Salla_vallavalitsus, lk 20
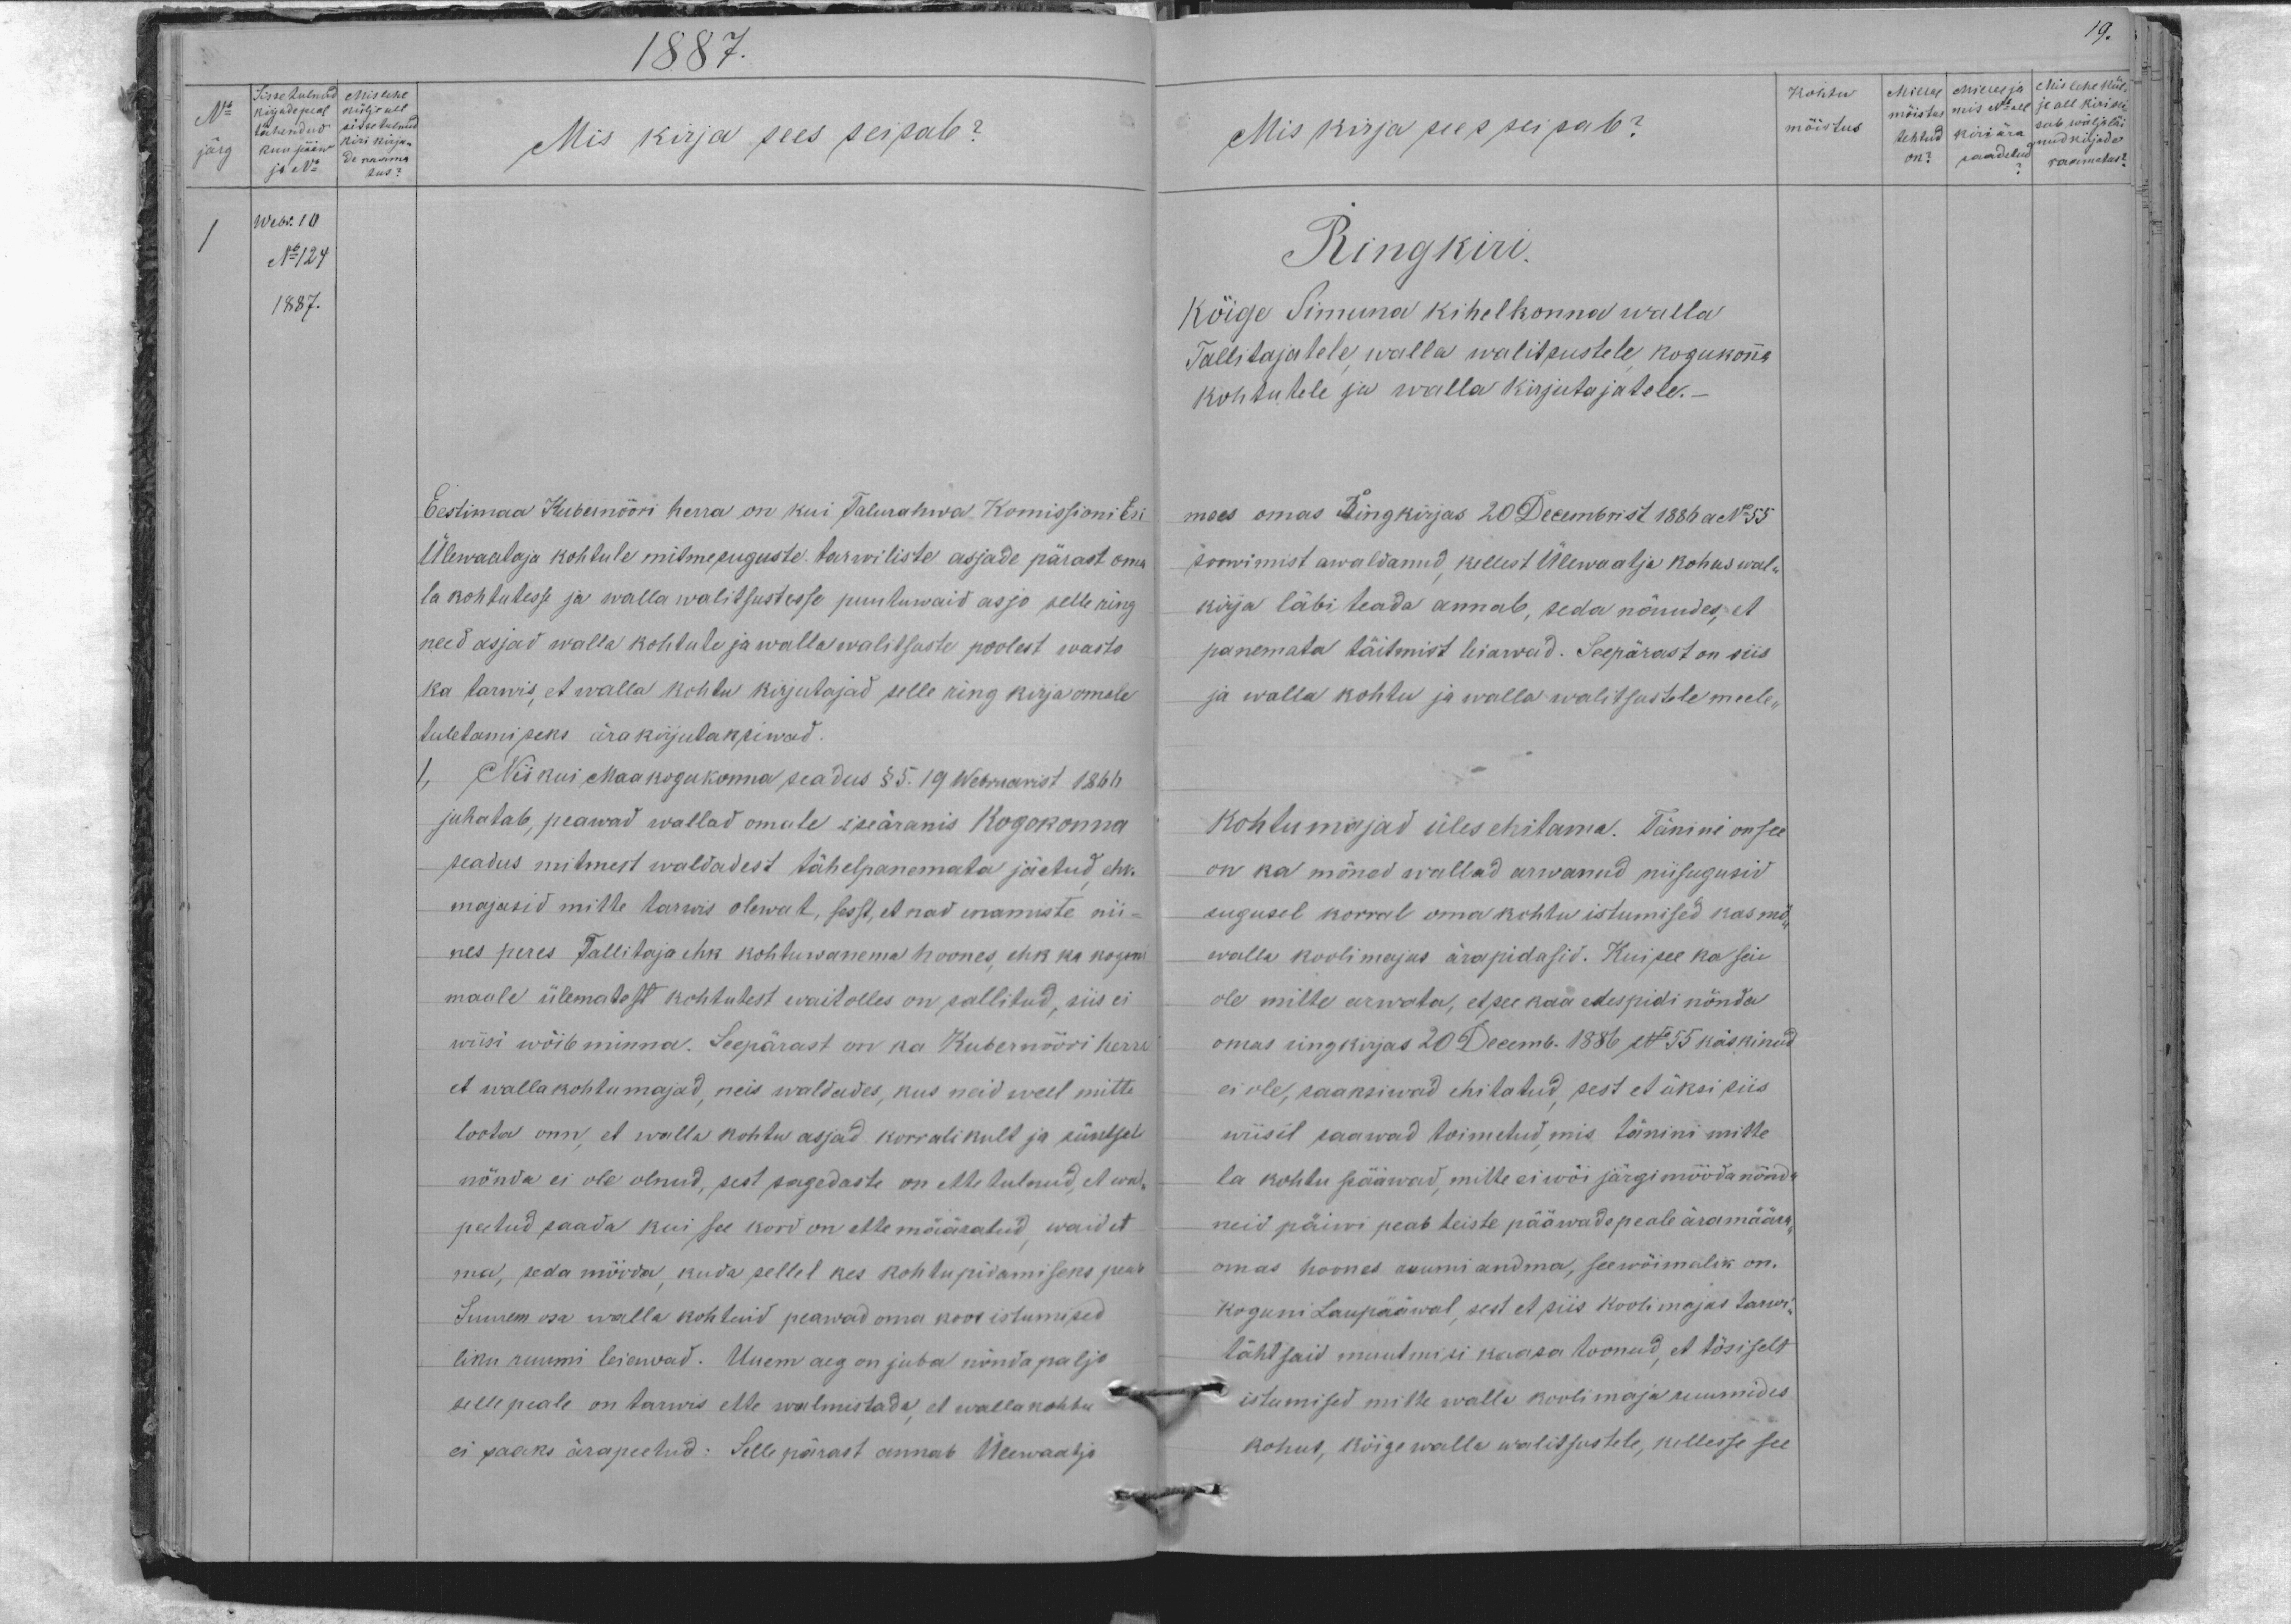
19.

1887.
Mis kirja sees seisab?
Eestimaa Kubernääri herra on kui Talurahwa Komissionitsi
Ülewaataja kohtule mitmesuguste tarwiliste asjade pärast oma
la kohtutesse ja walla walitsustesse puutuwaid asjo selle ring
need asjad walla kohtute ja walla walitsuste poolest wasto
ka tarwis, et walla kohtu kirjutajad selle ring kirja omale
tuletamiseks ärakirjutaksiwad.
1, Niikui Maa kogukonna seadus § 5. 19 Webruarist 1861
juhatab, peawad wallad omale iseäranis kogokonna
seadus mitmest waldadest tähelepanemata jäetud ehk.
majasid mitte tarwis olewat, sest, et nad enamiste nii-
nes peres Tallitaja ehk kohtuwanema hoones, ehk ka kogem
maale ülematest kohtutest waitolles on sallitud, siis ei
wiisi wõib minna. Seepärast on ka Kubernööri herra
et wallakohtumajad, neis waldades, kus neid weel mitte
loota onn, et walla kohtu asjad korralikult ja küntsel
nõnda ei ole olnud, sest sagedaste on ette tulnud, et wal-
peetud saada kui see kord on ette määratud, waid et
ma, seda mööda, kuda sellel kes kohtupidamiseks peab
Suurem osa walla kohtuid peawad oma koos istumised
liku ruumi leiawad. Uuem aeg on juba nõnda paljo
selle peale on tarwis ette walmistada, et wallakohtu-
ei saaks ärapeetud: Selle pärast annab Ülewaatja

Kohtu Millal Millal ja Mis lehe kül.
Mis kirja sees seisab?
mõistus
mõistus mis No all je all kirioli-
tehtud kiri ära sab wälja läi
nud kirjade
on? saadetud? raamatus?
Ringkiri
kõige Simuna kihelkonna walla
Tallitajatele walla walitsustele kogukonna
kohtutele ja walla kirjutajatele.-
mees omas ringkirjas 20 Decembrist 1886 a No 55
soowimist awaldanud, kellest Ülewaatja kohus wal-
kirja läbi teada annab, seda nõuudes, et
panemata täitmist leiawad. Seepärast on siis
ja walla kohtu ja walla walitsustele meele,
kohtumajad üles ehitama. Tänini on see
on ka mõned wallad arwanud niisugusid
sugusel korral oma kohtu istumised kas mo-
walla koolimajas ärapidasid. Kui see ka seie
ole mitte arwata, et see kaa edespidi nõnda
omas ringkirjas 20 Decemb. 1886 No: 55 käskinud
ei ole, saaksiwad ehitatud sest et üksi siis
wiisil saawad toimetud, mis tänini mitte
la kohtu pääwad, mitte ei wõi järgi mööda nõnd-
neid päiwi peab teiste pääwade peale ära määra-
omas hoones ruumi andma, see wõimalik on.
koguni Laupääwal, sest et piis koolimajas tarwi-
tähtsaid muutmisi kaasa toonud, et tõsiselt
istumised mitte walla koolimaja ruumides
kohut, kõige walla walitsustele, kellesse see

Sisse tulnud
Mis lehe
No:
külje all
kirjade peal
sisse tulnud
tähendud
kiri kirja-
kuupäiw
järg
de raama
tus
ja No
Webr. 10
No 124
1887.